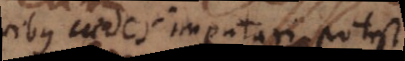
quibus caedes imputari potest;